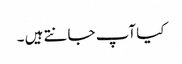
کیا آپ جانتے ہیں ۔